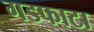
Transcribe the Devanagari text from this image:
गडफाटा